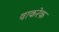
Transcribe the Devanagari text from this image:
वाकरेक